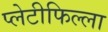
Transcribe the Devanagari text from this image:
प्लेटीफिल्ला